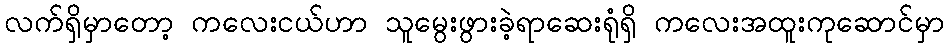
လက်ရှိမှာတော့ ကလေးငယ်ဟာ သူမွေးဖွားခဲ့ရာဆေးရုံရှိ ကလေးအထူးကုဆောင်မှာ